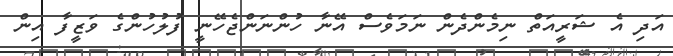
އަދި އެ ޝަރީއަތް ނިމެންދެން ނަމަވެސް އޭނާ ހުންނަންޖެހޭނީ ފުލުހުންގެ ވަޒީފާ އިން